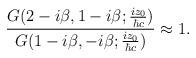
LaTeX: \begin{align*}\frac{G(2-i{\beta},1-i{\beta};\frac{iz_0}{{\hbar}c})}{G(1-i{\beta},-i{\beta};\frac{iz_0}{{\hbar}c})}\approx 1.\end{align*}